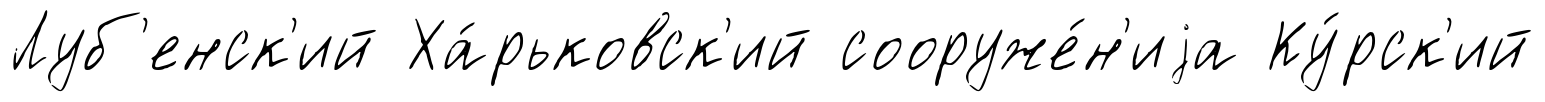
Луб'енск'ий Ха́рьковск'ий сооруже́н'иjа Ку́рск'ий